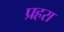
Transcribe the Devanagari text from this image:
प्रहरा